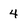
Character: 4